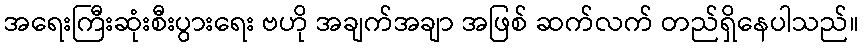
အရေးကြီးဆုံးစီးပွားရေး ဗဟို အချက်အချာ အဖြစ် ဆက်လက် တည်ရှိနေပါသည်။